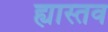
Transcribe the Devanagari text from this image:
ह्यास्तव